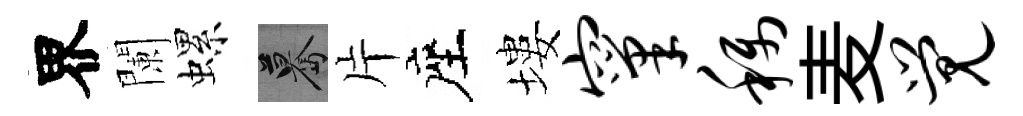
界闌螺驀片座塿窠称麦觉